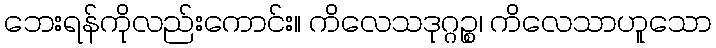
ဘေးရန်ကိုလည်းကောင်း။ ကိလေသဒုဂ္ဂဉ္စ၊ ကိလေသာဟူသော